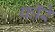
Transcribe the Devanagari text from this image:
फॉरे